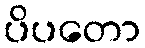
ပိပတော